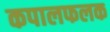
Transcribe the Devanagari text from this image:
कपालफलक